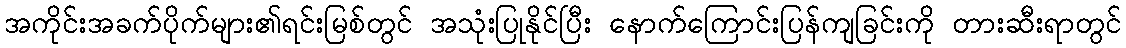
အကိုင်းအခက်ပိုက်များ၏ရင်းမြစ်တွင် အသုံးပြုနိုင်ပြီး နောက်ကြောင်းပြန်ကျခြင်းကို တားဆီးရာတွင်